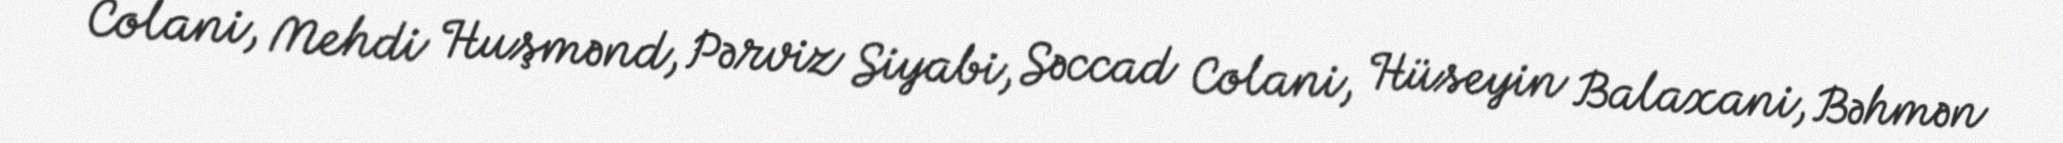
Colani, Mehdi Huşmənd, Pərviz Siyabi, Səccad Colani, Hüseyin Balaxani, Bəhmən